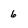
Character: 6